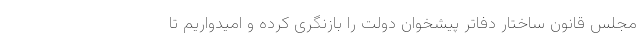
مجلس قانون ساختار دفاتر پیشخوان دولت را بازنگری کرده و امیدواریم تا